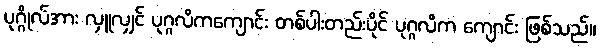
ပုဂ္ဂိုလ်အား လှူလျှင် ပုဂ္ဂလိကကျောင်း တစ်ပါးတည်းပိုင် ပုဂ္ဂလိက ကျောင်း ဖြစ်သည်။